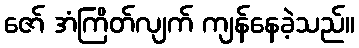
ဇော် အံကြိတ်လျက် ကျန်နေခဲ့သည်။